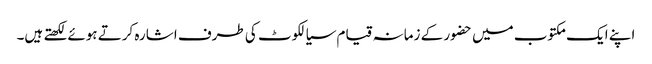
اپنے ایک مکتوب میں حضور کے زمانہ قیام سیالکوٹ کی طرف اشارہ کرتے ہوئے لکھتے ہیں۔